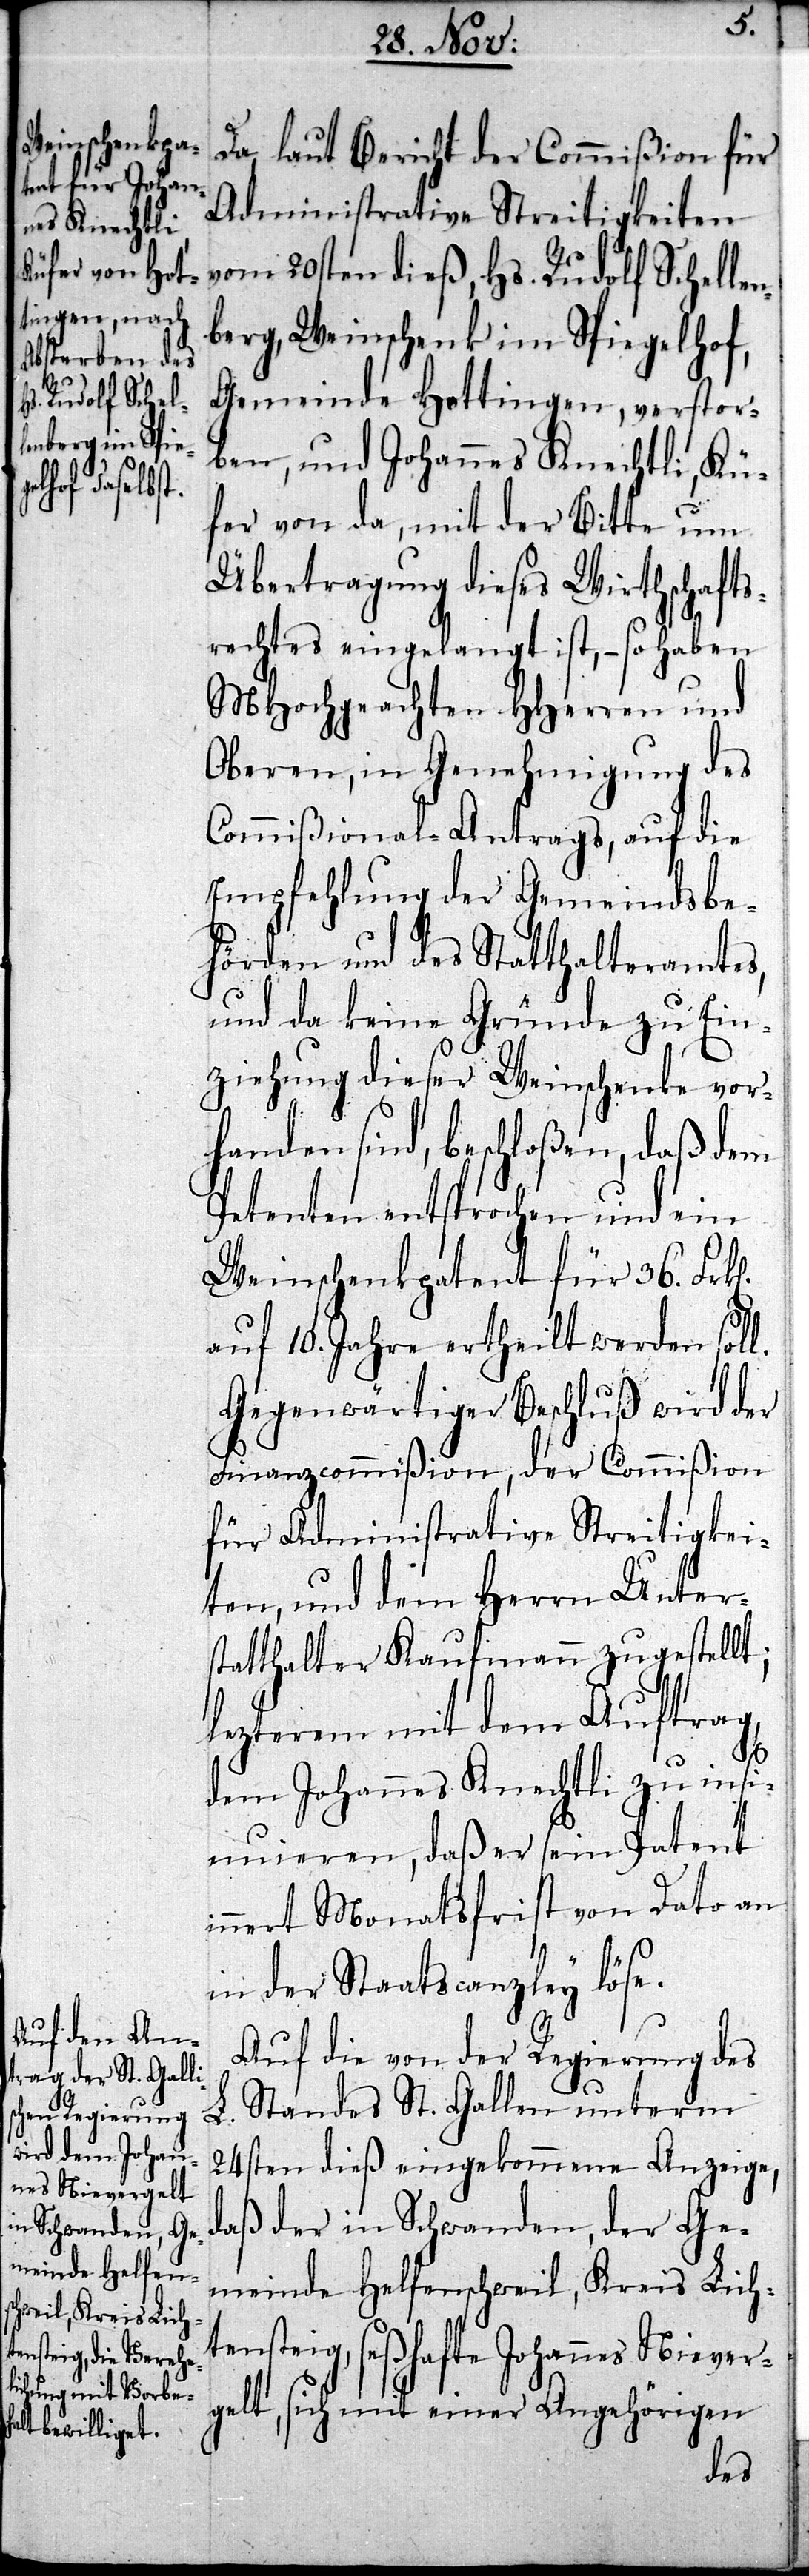
Da, laut Bericht der Commißion für
Administrative Streitigkeiten
vom 20sten dieß, Hs. Rudolf Schelle¬
berg, Weinschenk im Spiegelhof,
Gemeinde Hottingen, verstor¬
ben, und Johannes Knechtli, Kü¬
fer von da, mit der Bitte um
Übertragung dieses Wirthschafts¬
rechtes eingelangt ist, – so haben
MHochgeachten HHerren und
Oberen, in Genehmigung des
Commißional-Antrags, auf die
Empfehlung der Gemeindsbe¬
hörden und des Statthalteramtes,
und da keine Gründe zu Ein¬
ziehung dieser Weinschenke vor¬
handen sind, beschloßen, daß dem
Petenten entsprochen und ein
Weinschenkpatent für 36.
auf 10. Jahre ertheilt werden soll.
Gegenwärtiger Beschluß wird der
Finanzcommißion, der Commißion
für Administrative Streitigkei¬
ten, und dem Herrn Unter¬
statthalter Kaufmann zugestellt;
letzterem mit dem Auftrag,
n¬
dem Johannes Knechtli zu ins¬
inuieren, daß er sein Patent
innert Monatsfrist von Dato an
in der Staatscanzley löse.
Auf die von der Regierung des
L. Standes St. Gallen unterm
24sten dieß eingekommene Anzeige,
daß der in Schwanden, der Ge¬
meinde Helfenschweil, Kreis Lich¬
tensteig, seßhafte Johannes Niever¬
gelt, sich mit einer Angehörigen